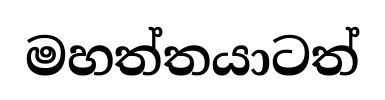
මහත්තයාටත්